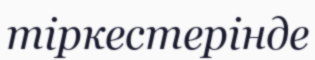
тіркестерінде